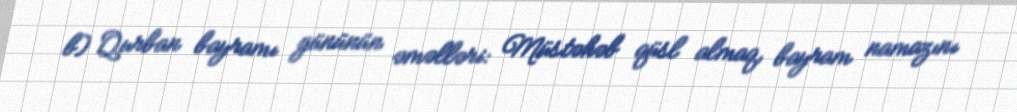
b) Qurban bayramı gününün əməlləri: Müstəhəb qüsl almaq, bayram namazını